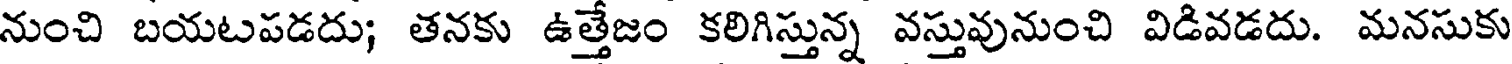
నుంచి బయటపడదు; తనకు ఉత్తేజం కలిగిస్తున్న వస్తువునుంచి విడివడదు. మనసుకు